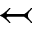
\leftarrowtail